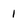
Character: I